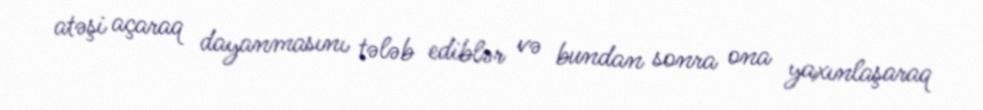
atəşi açaraq dayanmasını tələb ediblər və bundan sonra ona yaxınlaşaraq